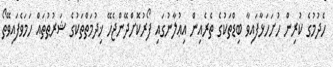
ހެދުމުގެ ކުރިން ހުށަހަޅާފައިވާ ބިޑްތަކުގެ ތެރެއިން އިޢުލާނުގައި ފޯރުކޮށްދޭންޖެހޭ ޚިދުމަތްތަކުގެ ޝަރުޠުތައް ހަމަވެފައިވޭތޯ